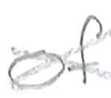
Text: of
Cross-out: cross
Writing tool: pencil